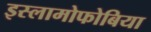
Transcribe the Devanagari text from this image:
इस्लामोफोबिया